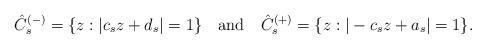
LaTeX: \begin{align*}\hat C_s^{(-)}=\{z:|c_sz+d_s|=1\} \quad{\rm and}\quad\hat C_s^{(+)}=\{z:|-c_sz+a_s|=1\}.\end{align*}